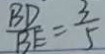
\frac { B D } { B E } = \frac { 3 } { 5 }